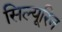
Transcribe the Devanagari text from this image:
सिल्यूरिन